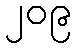
၂၀၉